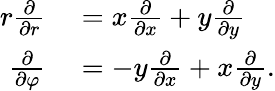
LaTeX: \begin{array}{rl}{r{\frac{\partial}{\partial r}}}&{{}=x{\frac{\partial}{\partial x}}+y{\frac{\partial}{\partial y}}}\\ {{\frac{\partial}{\partial\varphi}}}&{{}=-y{\frac{\partial}{\partial x}}+x{\frac{\partial}{\partial y}}.}\end{array}